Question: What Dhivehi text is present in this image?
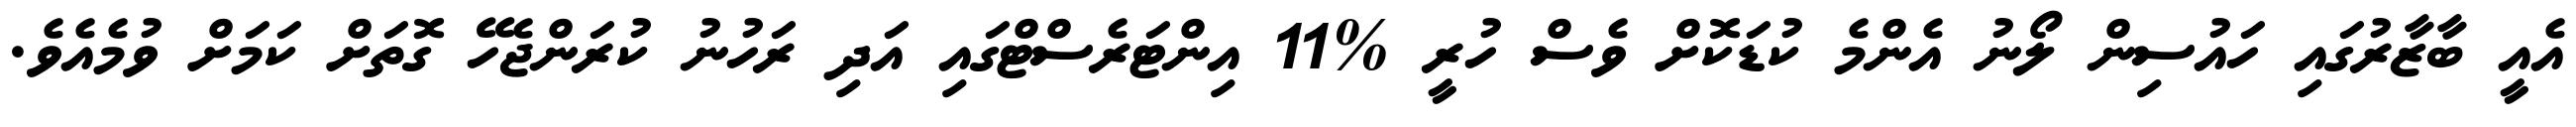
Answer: އެއީ ބާޒާރުގައި ހައުސިން ލޯނު އެންމެ ކުޑަކޮށް ވެސް ހުރީ %11 އިންޓަރެސްޓްގައި އަދި ރަހުނު ކުރަންޖެހޭ ގޮތަށް ކަމަށް ވުމެއެވެ.